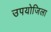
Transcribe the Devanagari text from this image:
उपयोजिला